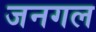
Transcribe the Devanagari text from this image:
जनगल